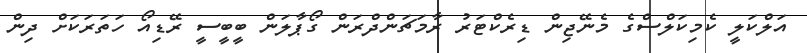
އަލްކަލީ ކެމިކަލްސްގެ މެނޭޖިން ޑިރެކްޓަރު ރާމަޗަންދްރަން ގޯޕާލަން ބީބީސީ ރޭޑިއޯ ހަތަރަކަށް ދިން